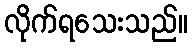
လိုက်ရသေးသည်။